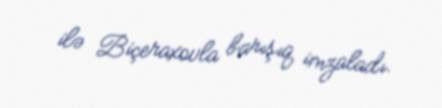
ilə Biçeraxovla barışıq imzaladı.